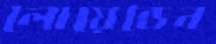
লোয়েন্ডেন